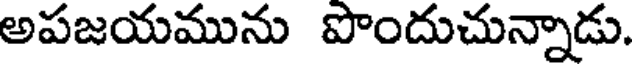
అపజయమును పొందుచున్నాడు.